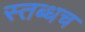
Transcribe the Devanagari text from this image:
स्तब्धच